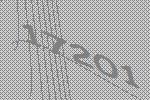
17201